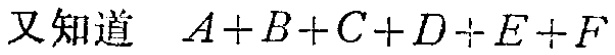
又知道 \(A + B + C + D \div E + F\)